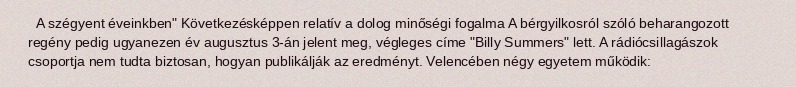
A szégyent éveinkben" Következésképpen relatív a dolog minőségi fogalma A bérgyilkosról szóló beharangozott regény pedig ugyanezen év augusztus 3-án jelent meg, végleges címe "Billy Summers" lett. A rádiócsillagászok csoportja nem tudta biztosan, hogyan publikálják az eredményt. Velencében négy egyetem működik: